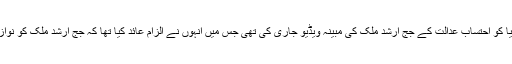
واضح رہے مسلم لیگ ن کی نائب صدر مریم نواز نے ہفتے کے روز پریس میڈیا کو احتساب عدالت کے جج ارشد ملک کی مبینہ ویڈیو جاری کی تھی جس میں انہوں نے الزام عائد کیا تھا کہ جج ارشد ملک کو نوازشریف کے خلاف فیصلہ دینے کے لیے بلیک میل کیا گیا اور اُن پر دباؤ ڈالا گیا۔